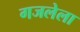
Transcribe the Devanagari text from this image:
गजलेला